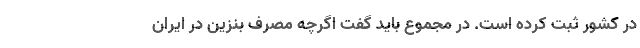
در کشور ثبت کرده است. در مجموع باید گفت اگرچه مصرف بنزین در ایران